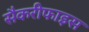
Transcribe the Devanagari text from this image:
सैकरीफाइस